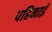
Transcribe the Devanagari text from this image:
पहिनाई